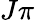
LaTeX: J\pi